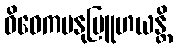
ဝိဝေကမနုဗြူဟယန္တိ